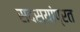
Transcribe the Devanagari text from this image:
सदस्यांप्रत